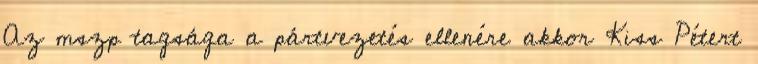
Az mszp tagsága a pártvezetés ellenére akkor Kiss Pétert